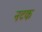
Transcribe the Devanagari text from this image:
नटक